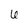
Character: 6